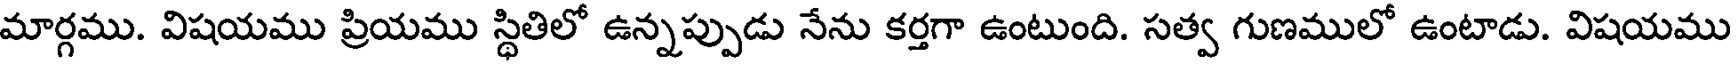
మార్గము. విషయము ప్రియము స్థితిలో ఉన్నప్పుడు నేను కర్తగా ఉంటుంది. సత్వ గుణములో ఉంటాడు. విషయము